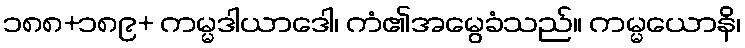
၁၈၈+၁၈၉+ ကမ္မဒါယာဒေါ၊ ကံ၏အမွေခံသည်။ ကမ္မယောနိ၊